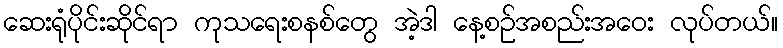
ဆေးရုံပိုင်းဆိုင်ရာ ကုသရေးစနစ်တွေ အဲ့ဒါ နေ့စဉ်အစည်းအဝေး လုပ်တယ်။